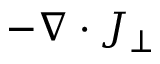
- \nabla \cdot \boldsymbol { J } _ { \perp }